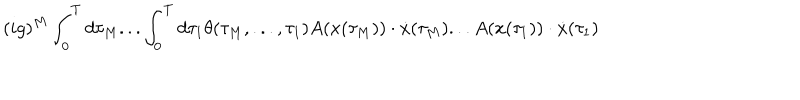
( i g ) ^ { M } \int _ { 0 } ^ { T } d \tau _ { M } . . . \int _ { 0 } ^ { T } d \tau _ { 1 } \theta ( \tau _ { M } , . . . , \tau _ { 1 } ) A ( x ( \tau _ { M } ) ) \cdot \dot { x } ( \tau _ { M } ) . . . A ( x ( \tau _ { 1 } ) ) \cdot \dot { x } ( \tau _ { 1 } )